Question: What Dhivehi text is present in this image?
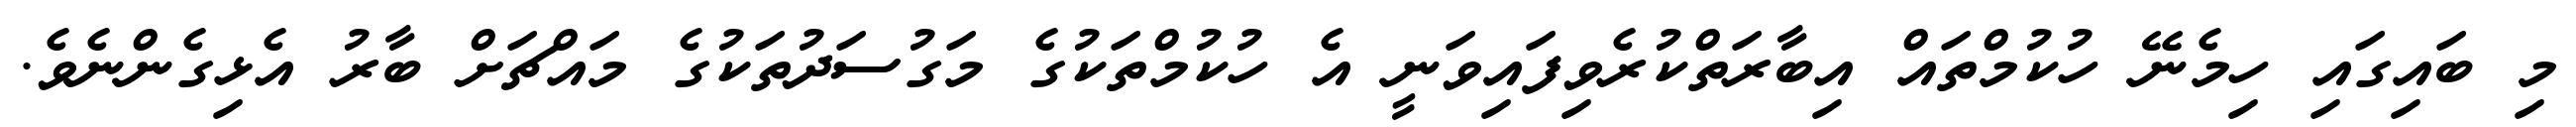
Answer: މި ބައިގައި ހިމެނޭ ހުކުމްތައް އިބާރަތްކުރެވިފައިވަނީ އެ ހުކުމްތަކުގެ މަގުސަދުތަކުގެ މައްޗަށް ބާރު އެޅިގެންނެވެ.